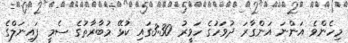
މިހެންވެ އަންނަ އަންގާރަ ދުވަހުގެ ހަވީރު 3:30ގައި ކުޅޭ މުބާރާތުގެ ސެމީ ފައިނަލްގެ